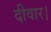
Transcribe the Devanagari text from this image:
दीवार।